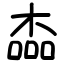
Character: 楍